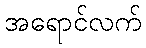
အရောင်လက်